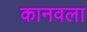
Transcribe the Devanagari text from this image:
कानवला